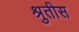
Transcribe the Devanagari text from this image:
श्रुतीस